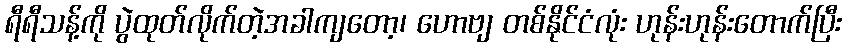
ရီရီသန့်ကို ပွဲထုတ်လိုက်တဲ့အခါကျတော့၊ ဟောဗျ တစ်နိုင်ငံလုံး ဟုန်းဟုန်းတောက်ပြီး